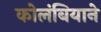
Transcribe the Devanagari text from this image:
कोलंबियाने